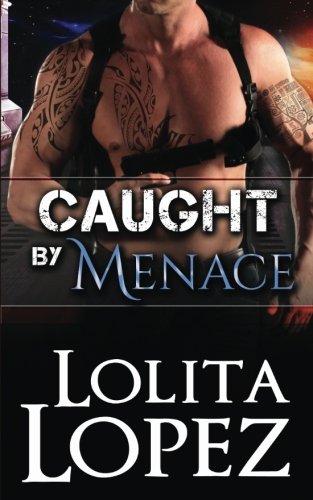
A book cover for Caught by Menace (Grabbed) (Volume 2); Lolita Lopez; Romance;